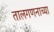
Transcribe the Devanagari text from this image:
तालगणनाच्या